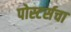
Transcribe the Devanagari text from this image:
पोस्टर्सचा